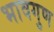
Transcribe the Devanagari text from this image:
भावगुण